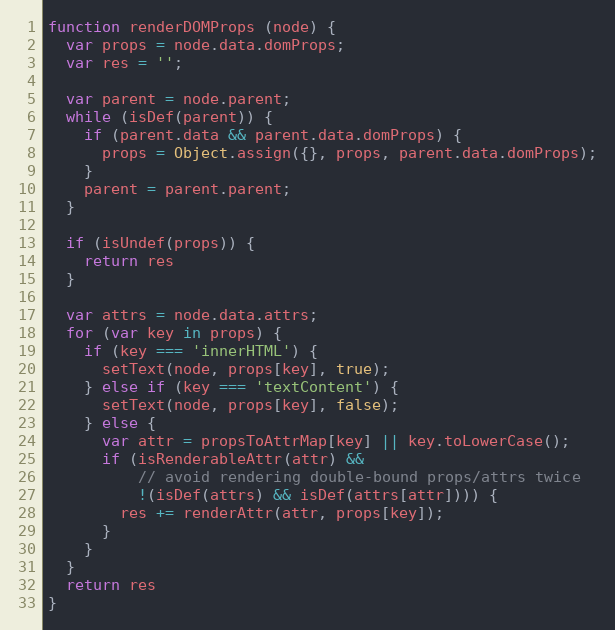
Language: JavaScript
function renderDOMProps (node) {
  var props = node.data.domProps;
  var res = '';

  var parent = node.parent;
  while (isDef(parent)) {
    if (parent.data && parent.data.domProps) {
      props = Object.assign({}, props, parent.data.domProps);
    }
    parent = parent.parent;
  }

  if (isUndef(props)) {
    return res
  }

  var attrs = node.data.attrs;
  for (var key in props) {
    if (key === 'innerHTML') {
      setText(node, props[key], true);
    } else if (key === 'textContent') {
      setText(node, props[key], false);
    } else {
      var attr = propsToAttrMap[key] || key.toLowerCase();
      if (isRenderableAttr(attr) &&
          // avoid rendering double-bound props/attrs twice
          !(isDef(attrs) && isDef(attrs[attr]))) {
        res += renderAttr(attr, props[key]);
      }
    }
  }
  return res
}